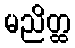
မညိတ္ထ